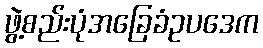
ဖွဲ့စည်းပုံအခြေခံဥပဒေက